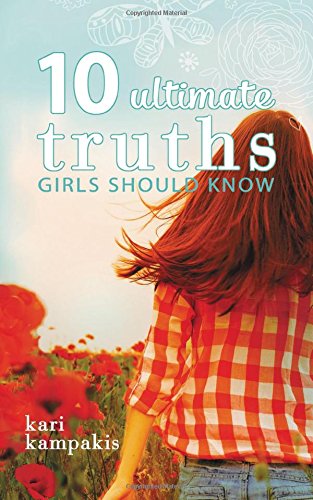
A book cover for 10 Ultimate Truths Girls Should Know; Kari Kampakis; Christian Books & Bibles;